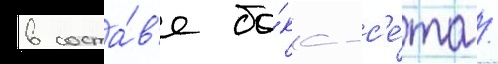
в соста́в'е бо́кс-с'е́та /